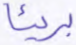
بريئا